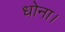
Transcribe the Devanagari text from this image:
धोना।